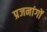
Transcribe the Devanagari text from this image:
प्रजनांगों